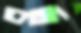
বর্ত